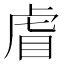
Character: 𮶺